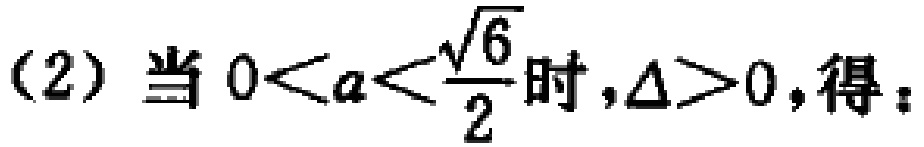
(2) 当 \(0 < a < \frac{\sqrt{6}}{2}\) 时, \(\Delta>0\), 得：